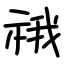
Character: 䄉